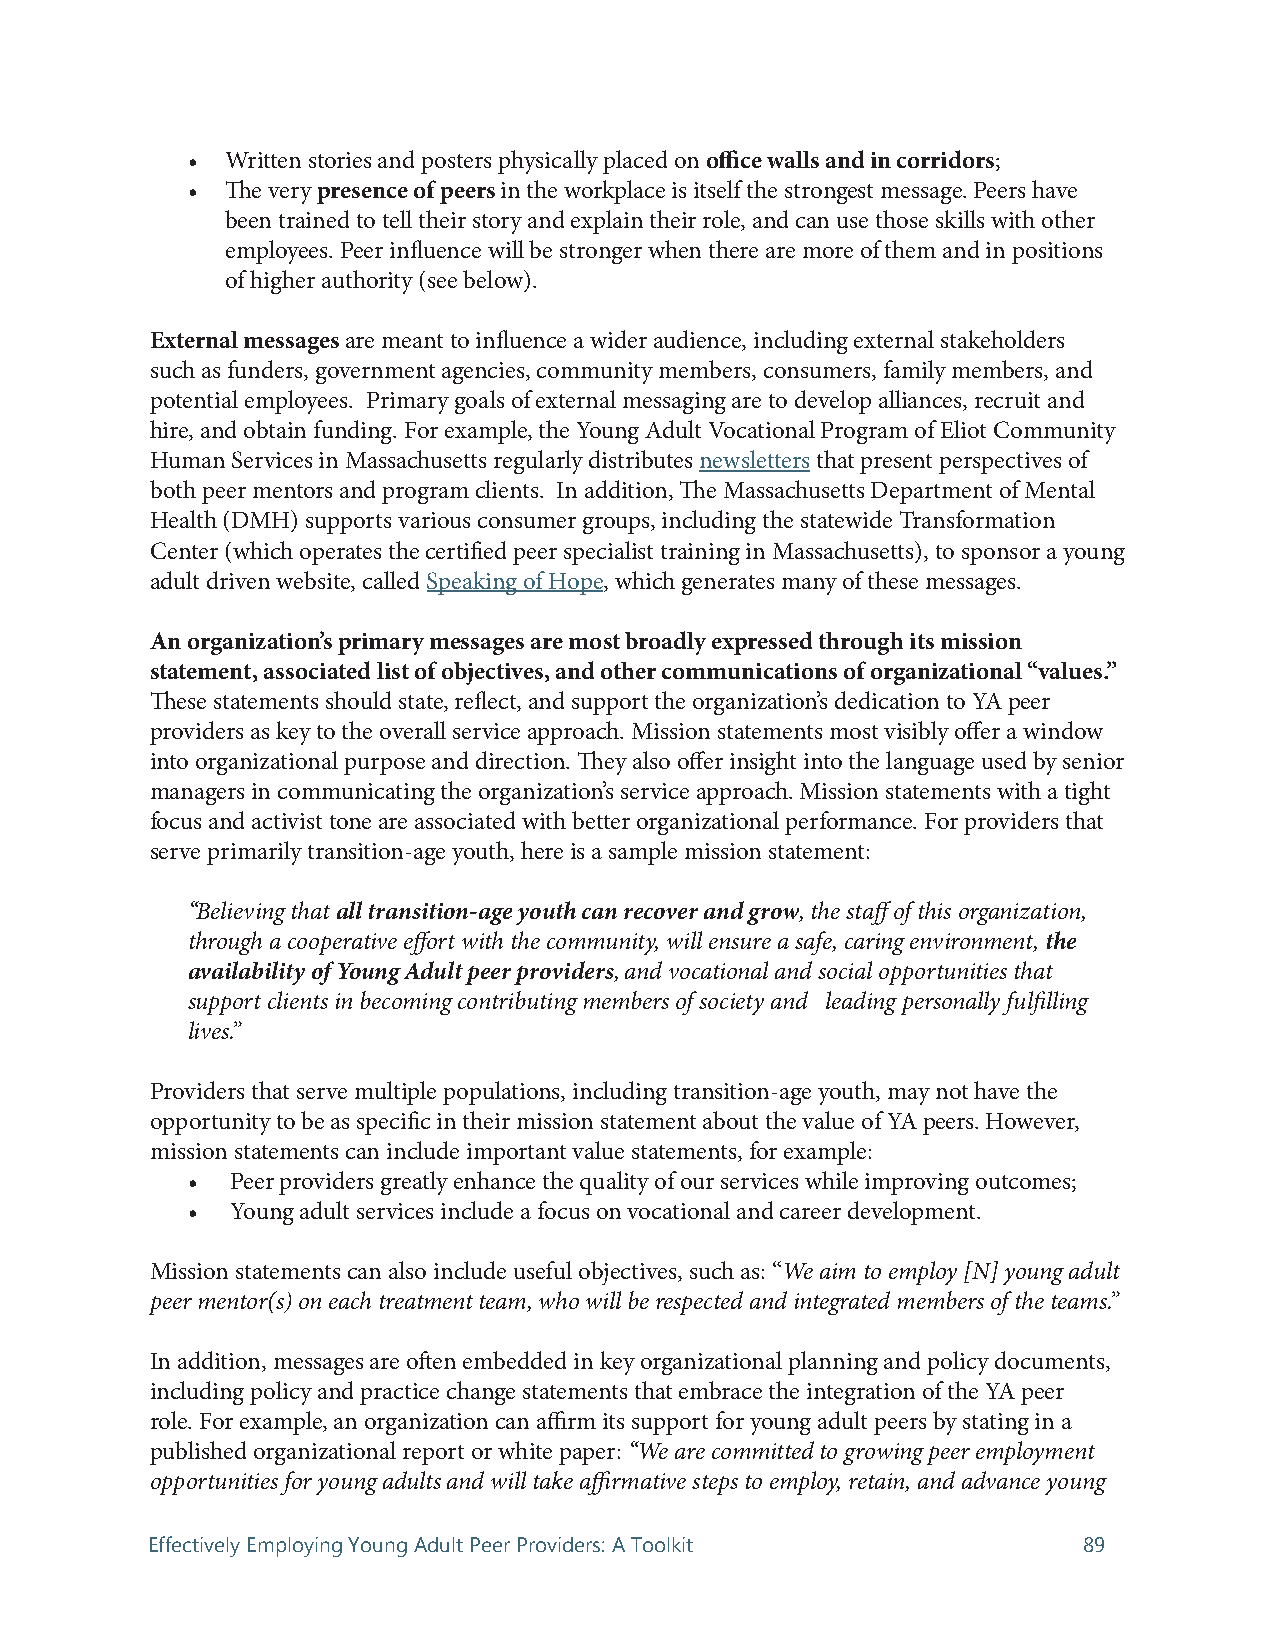
•  Written stories and posters physically placed on office walls and in corridors;
 •  The very presence of peers in the workplace is itself the strongest message. Peers have
 been trained to tell their story and explain their role, and can use those skills with other
 employees. Peer influence will be stronger when there are more of them and in positions
 of higher authority (see below).
 External messages are meant to influence a wider audience, including external stakeholders
 such as funders, government agencies, community members, consumers, family members, and
 potential employees. Primary goals of external messaging are to develop alliances, recruit and
 hire, and obtain funding. For example, the Young Adult Vocational Program of Eliot Community
 Human Services in Massachusetts regularly distributes newsletters that present perspectives of
 both peer mentors and program clients. In addition, The Massachusetts Department of Mental
 Health (DMH) supports various consumer groups, including the statewide Transformation
 Center (which operates the certified peer specialist training in Massachusetts), to sponsor a young
 adult driven website, called Speaking of Hope, which generates many of these messages.
 An organization’s primary messages are most broadly expressed through its mission
 statement, associated list of objectives, and other communications of organizational “values.”
 These statements should state, reflect, and support the organization’s dedication to YA peer
 providers as key to the overall service approach. Mission statements most visibly offer a window
 into organizational purpose and direction. They also offer insight into the language used by senior
 managers in communicating the organization’s service approach. Mission statements with a tight
 focus and activist tone are associated with better organizational performance. For providers that
 serve primarily transition-age youth, here is a sample mission statement:
 “Believing that all transition-age youth can recover and grow, the staff of this organization,
 through a cooperative effort with the community, will ensure a safe, caring environment, the
 availability of Young Adult peer providers, and vocational and social opportunities that
 support clients in becoming contributing members of society and leading personally fulfilling
 lives.”
 Providers that serve multiple populations, including transition-age youth, may not have the
 opportunity to be as specific in their mission statement about the value of YA peers. However,
 mission statements can include important value statements, for example:
 •  Peer providers greatly enhance the quality of our services while improving outcomes;
 •  Young adult services include a focus on vocational and career development.
 Mission statements can also include useful objectives, such as: “We aim to employ [N] young adult
 peer mentor(s) on each treatment team, who will be respected and integrated members of the teams.”
 In addition, messages are often embedded in key organizational planning and policy documents,
 including policy and practice change statements that embrace the integration of the YA peer
 role. For example, an organization can affirm its support for young adult peers by stating in a
 published organizational report or white paper: “We are committed to growing peer employment
 opportunities for young adults and will take affirmative steps to employ, retain, and advance young
 Effectively Employing Young Adult Peer Providers: A Toolkit   89